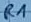
Text: R1